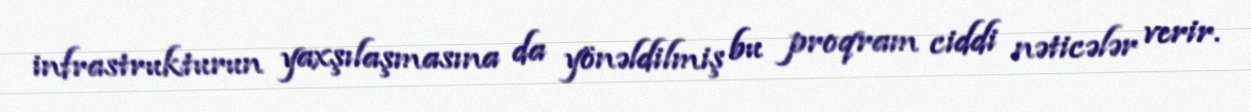
infrastrukturun yaxşılaşmasına da yönəldilmiş bu proqram ciddi nəticələr verir.